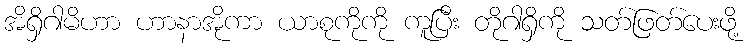
အိရှိဂါမိဟာ ဟာနာအိုကာ ယာစုကိုကို ကူပြီး တိုဂါရှိကို သတ်ဖြတ်ပေးဖို့